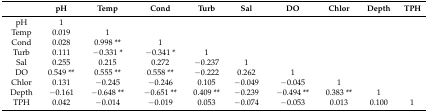
<table><thead><tr><td></td><td><b>pH</b></td><td><b>Temp</b></td><td><b>Cond</b></td><td><b>Turb</b></td><td><b>Sal</b></td><td><b>DO</b></td><td><b>Chlor</b></td><td><b>Depth</b></td><td><b>TPH</b></td></tr></thead><tbody><tr><td>pH</td><td>1</td><td></td><td></td><td></td><td></td><td></td><td></td><td></td><td></td></tr><tr><td>Temp</td><td>0.019</td><td>1</td><td></td><td></td><td></td><td></td><td></td><td></td><td></td></tr><tr><td>Cond</td><td>0.028</td><td>0.998 **</td><td>1</td><td></td><td></td><td></td><td></td><td></td><td></td></tr><tr><td>Turb</td><td>0.111</td><td>−0.331 *</td><td>−0.341 *</td><td>1</td><td></td><td></td><td></td><td></td><td></td></tr><tr><td>Sal</td><td>0.255</td><td>0.215</td><td>0.272</td><td>−0.237</td><td>1</td><td></td><td></td><td></td><td></td></tr><tr><td>DO</td><td>0.549 **</td><td>0.555 **</td><td>0.558 **</td><td>−0.222</td><td>0.262</td><td>1</td><td></td><td></td><td></td></tr><tr><td>Chlor</td><td>0.131</td><td>−0.245</td><td>−0.246</td><td>0.105</td><td>−0.049</td><td>−0.045</td><td>1</td><td></td><td></td></tr><tr><td>Depth</td><td>−0.161</td><td>−0.648 **</td><td>−0.651 **</td><td>0.409 **</td><td>−0.239</td><td>−0.494 **</td><td>0.383 **</td><td>1</td><td></td></tr><tr><td>TPH</td><td>0.042</td><td>−0.014</td><td>−0.019</td><td>0.053</td><td>−0.074</td><td>−0.053</td><td>0.013</td><td>0.100</td><td>1</td></tr></tbody></table>